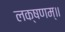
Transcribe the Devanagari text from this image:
लक्षणम्‌॥